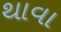
થાવા